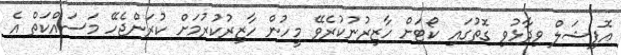
އޮފިޝަލް ވިދާޅުވި ގޮތުގައި ކޯޓަށް ހާޒިރުނުކުރެވޭ މީހުން ހާޒިރުކުރުމަށް ކުރަންޖެހޭ މަސައްކަތް އެ